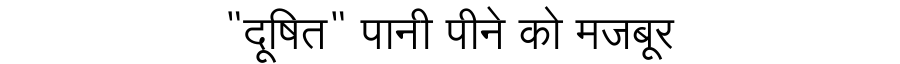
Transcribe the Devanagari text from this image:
"दूषित" पानी पीने को मजबूर